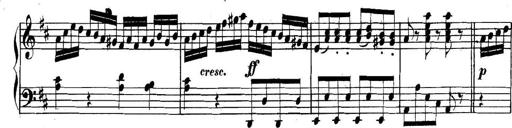
Title: Collected Piano Sonatas
Composer: Muzio Clementi